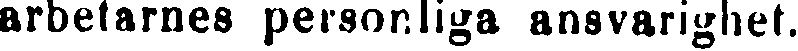
arbetarnes personliga ansvarighet.